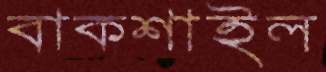
বাকশাইল